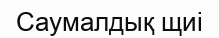
Саумалдық щиі